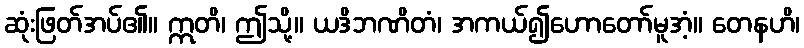
ဆုံးဖြတ်အပ်၏။ ဣတိ၊ ဤသို့။ ယဒိဘဏိတံ၊ အကယ်၍ဟောတော်မူအံ့။ တေနဟိ၊